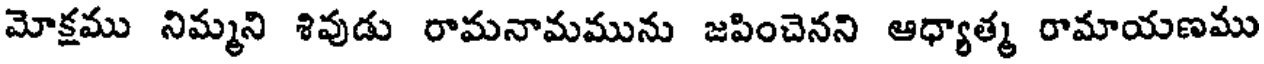
మోక్షము నిమ్మని శివుడు రామనామమును జపించెనని ఆధ్యాత్మ రామాయణము